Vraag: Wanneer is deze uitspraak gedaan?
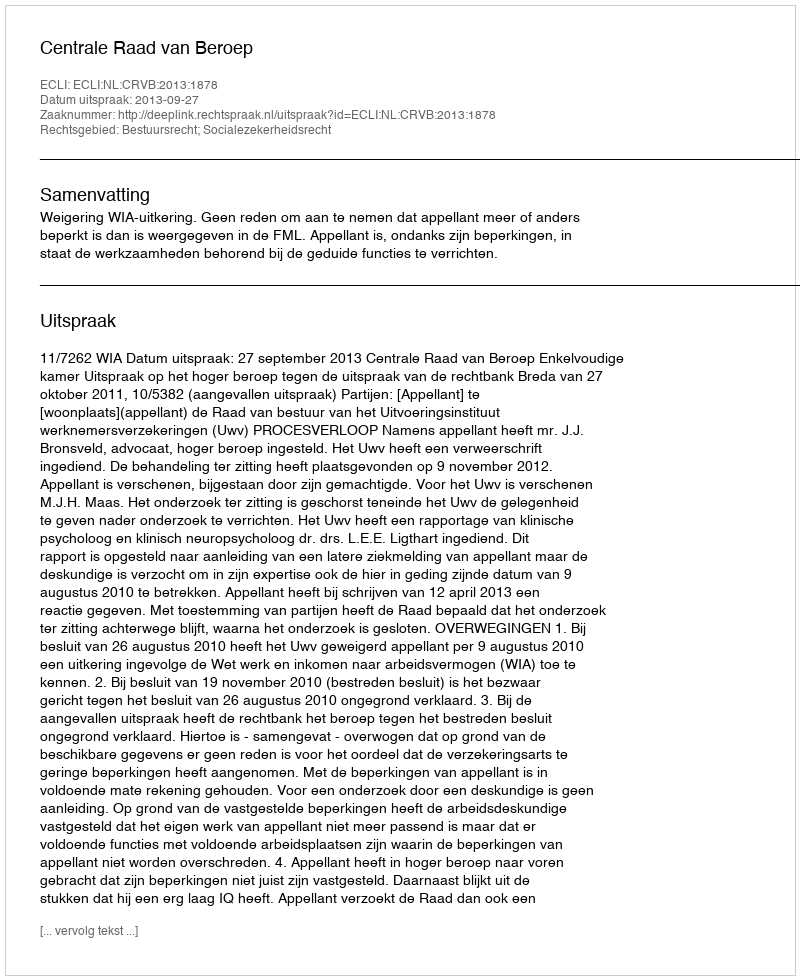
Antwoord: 2013-09-27